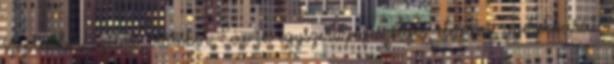
szeptember, szilva, vörösbor, Éva in egyszerű, egészséges, elegáns, gyerekbarát,